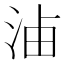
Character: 𣵔